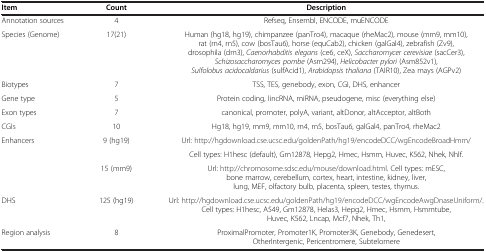
<table><thead><tr><td><b>Item</b></td><td><b>Count</b></td><td><b>Description</b></td></tr></thead><tbody><tr><td>Annotation sources</td><td>4</td><td>Refseq, Ensembl, ENCODE, muENCODE</td></tr><tr><td>Species (Genome)</td><td>17(21)</td><td>Human (hg18, hg19), chimpanzee (panTro4), macaque (rheMac2), mouse (mm9, mm10), rat (rn4, rn5), cow (bosTau6), horse (equCab2), chicken (galGal4), zebrafish (Zv9), drosophila (dm3), <i>Caenorhabditis elegans</i> (ce6, ceX), <i>Saccharomycer cerevisiae</i> (sacCer3), <i>Schizosaccharomyces pombe</i> (Asm294), <i>Helicobacter pylori</i> (Asm852v1), <i>Sulfolobus acidocaldarius</i> (sulfAcid1), <i>Arabidopsis thaliana</i> (TAIR10), Zea mays (AGPv2)</td></tr><tr><td>Biotypes</td><td>7</td><td>TSS, TES, genebody, exon, CGI, DHS, enhancer</td></tr><tr><td>Gene type</td><td>5</td><td>Protein coding, lincRNA, miRNA, pseudogene, misc (everything else)</td></tr><tr><td>Exon types</td><td>7</td><td>canonical, promoter, polyA, variant, altDonor, altAcceptor, altBoth</td></tr><tr><td>CGIs</td><td>10</td><td>Hg18, hg19, mm9, mm10, rn4, rn5, bosTau6, galGal4, panTro4, rheMac2</td></tr><tr><td rowspan="3">Enhancers</td><td rowspan="2">9 (hg19)</td><td>Url: http://hgdownload.cse.ucsc.edu/goldenPath/hg19/encodeDCC/wgEncodeBroadHmm/</td></tr><tr><td>Cell types: H1hesc (default), Gm12878, Hepg2, Hmec, Hsmm, Huvec, K562, Nhek, Nhlf.</td></tr><tr><td>15 (mm9)</td><td>Url: http://chromosome.sdsc.edu/mouse/download.html. Cell types: mESC, bone marrow, cerebellum, cortex, heart, intestine, kidney, liver, lung, MEF, olfactory bulb, placenta, spleen, testes, thymus.</td></tr><tr><td>DHS</td><td>125 (hg19)</td><td>Url: http://hgdownload.cse.ucsc.edu/goldenPath/hg19/encodeDCC/wgEncodeAwgDnaseUniform/. Cell types: H1hesc, A549, Gm12878, Helas3, Hepg2, Hmec, Hsmm, Hsmmtube, Huvec, K562, Lncap, Mcf7, Nhek, Th1,</td></tr><tr><td>Region analysis</td><td>8</td><td>ProximalPromoter, Promoter1K, Promoter3K, Genebody, Genedesert, OtherIntergenic, Pericentromere, Subtelomere</td></tr></tbody></table>